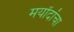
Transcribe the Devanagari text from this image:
मर्यांदांचा